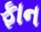
ફાન